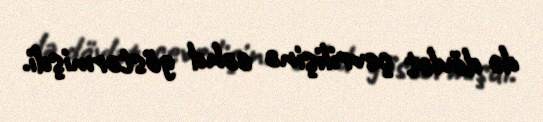
də dövlət çevrilişinə cəhd göstərmişdi.